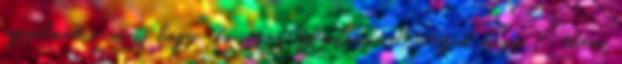
figyelmet arra is hogy aki személygépkocsival utazik hogy Athéni